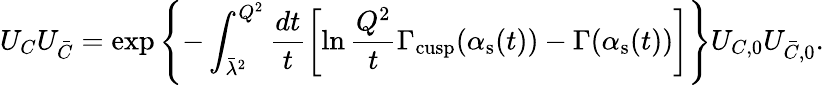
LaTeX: U_{C}U_{\bar{C}}=\exp\left\{ -\int_{\bar{\lambda}^{2}}^{Q^{2}}\frac{dt}{t}\left[\ln{\frac{Q^{2}}{t}}\Gamma_{\mathrm{cusp}}(\alpha_{\mathrm{s}}(t))-\Gamma(\alpha_{\mathrm{s}}(t))\right]\right\} U_{C,0}U_{\bar{C},0}.